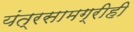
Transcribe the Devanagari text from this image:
यंत्रसामग्रीही